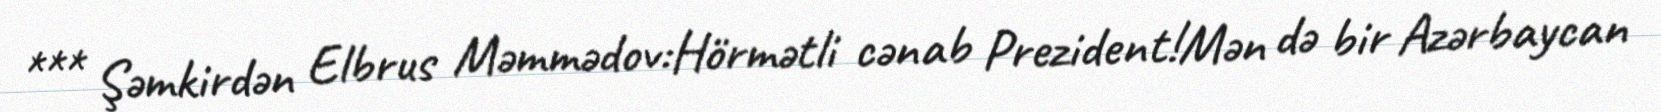
*** Şəmkirdən Elbrus Məmmədov:Hörmətli cənab Prezident!Mən də bir Azərbaycan